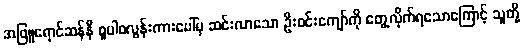
အဖြူရောင်ဆန်နီ စူပါစလွန်းကားပေါ်မှ ဆင်းလာသော ဦးဝင်းကျော်ကို တွေ့လိုက်ရသောကြောင့် သူတို့